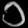
Digit: ၁